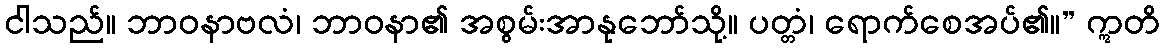
ငါသည်။ ဘာဝနာဗလံ၊ ဘာဝနာ၏ အစွမ်းအာနုဘော်သို့။ ပတ္တံ၊ ရောက်စေအပ်၏။” ဣတိ